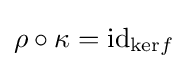
\rho \circ \kappa =\operatorname {id} _{{\text{ker}}f}